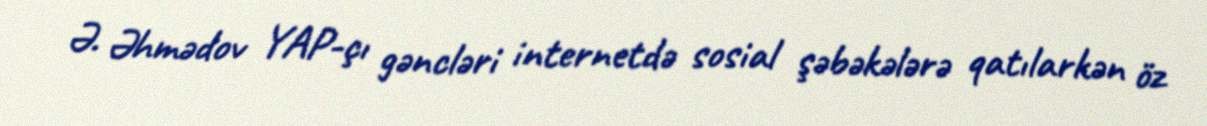
Ə. Əhmədov YAP-çı gəncləri internetdə sosial şəbəkələrə qatılarkən öz